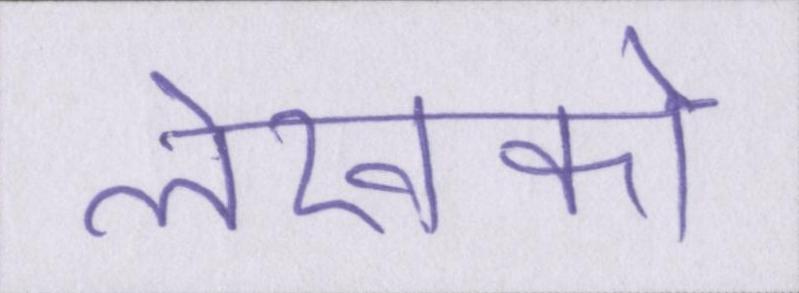
लेखकों